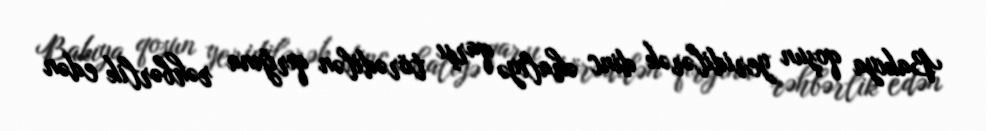
Bakıya qoşun yeridilərək dinc əhaliyə qarşı törədilən qırğına rəhbərlik edən